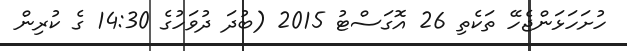
ހުށަހަޅަންޖެހޭ ތަކެތި 26 އޮގަސްޓު 2015 (ބުދަ ދުވަހުގެ 14:30 ގެ ކުރިން